Annual report of the Civil Veterinary Department, Bengal, for the year 1897-98 - 1897-1898
Year: 1897
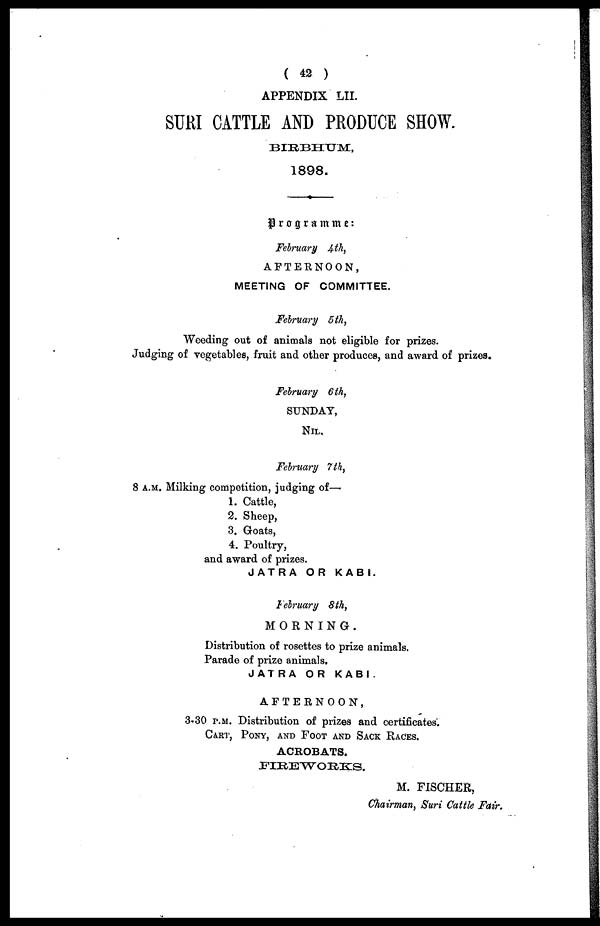
( 42 )
APPENDIX LII.
SURI CATTLE AND PRODUCE SHOW.
BIRBHUM,
1898.
Programme
February 4th,
AFTERNOON,
MEETING OF COMMITTEE.
February 5 th,
Weeding out of animals not eligible for prizes.
Judging of vegetables, fruit and other produces, and award of prizes.
February 6 th,
SUNDAY,
NIL.
February 7th,
8 A.M. Milking competition, judging of -
1. Cattle,
2. Sheep,
3. Goats,
4. Poultry,
and award of prizes,
JATRA OR KABI.
February 8 th,
MORNING.
Distribution of rosettes to prize animals.
Parade of prize animals.
JATRA
OR KABI.
AFTERNOON,
3.30 p.m. Distribution of prizes and certificates.
CART, PONY, AND FOOT AND SACK RACES.
ACROBATS.
M. FISCHER,
Chairman, Suri Cattle Fair.